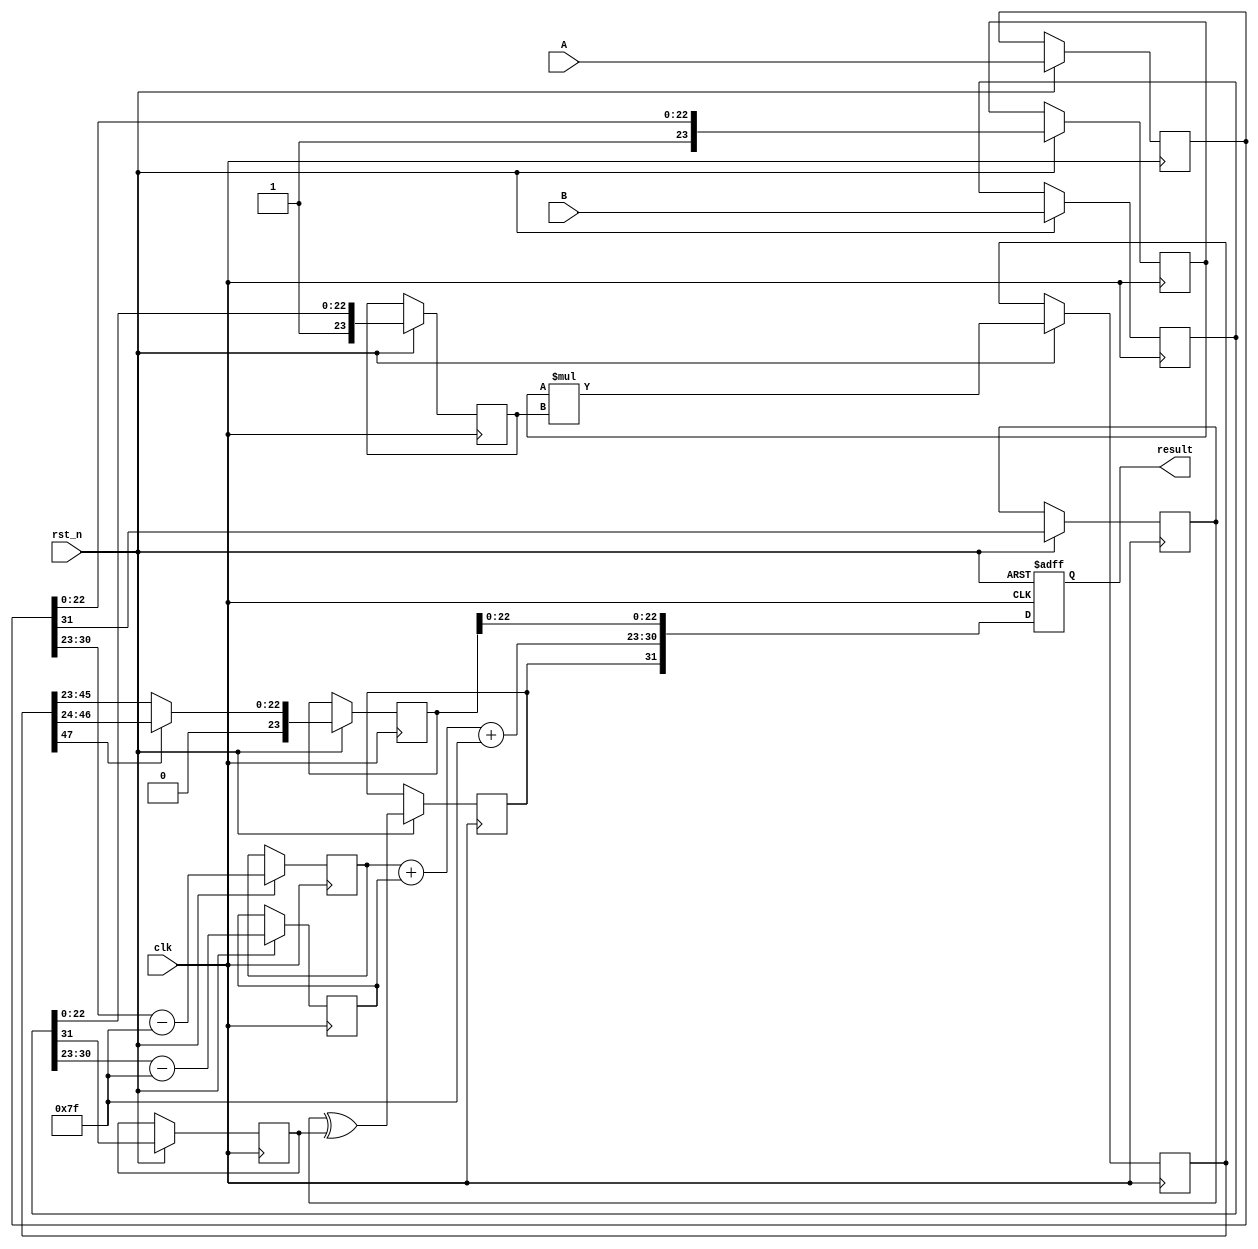
module fp_multiplier (
    input wire clk,
    input wire rst_n,
    input wire [31:0] A, // First floating-point input
    input wire [31:0] B, // Second floating-point input
    output reg [31:0] result // Output floating-point result
);

    // Constants
    localparam BIAS = 8'd127;
    localparam MANTISSA_WIDTH = 23;
    localparam EXPONENT_WIDTH = 8;

    // Internal signals
    reg [31:0] A_reg, B_reg;
    reg [7:0] expA, expB, exp_result;
    reg [23:0] mantA, mantB, mant_result;
    reg signA, signB, sign_result;
    reg [47:0] mant_product; // 24 + 24 bits for mantissa product
    reg [7:0] exp_temp;

    // Decompose inputs
    always @(posedge clk or negedge rst_n) begin
        if (!rst_n) begin
            result <= 32'b0;
        end else begin
            // Register inputs
            A_reg <= A;
            B_reg <= B;

            // Extract parts from A
            signA <= A_reg[31];
            expA <= A_reg[30:23] - BIAS; // Unbiased exponent
            mantA <= {1'b1, A_reg[22:0]}; // Add implicit leading 1

            // Extract parts from B
            signB <= B_reg[31];
            expB <= B_reg[30:23] - BIAS; // Unbiased exponent
            mantB <= {1'b1, B_reg[22:0]}; // Add implicit leading 1

            // Perform multiplication
            mant_product <= mantA * mantB; // Multiply mantissas

            // Calculate exponent
            exp_temp = expA + expB + BIAS; // Add exponents and re-bias

            // Normalize mantissa
            if (mant_product[47]) begin
                // If the product is greater than 1
                mant_result <= mant_product[46:24]; // Shift right
                exp_temp <= exp_temp + 1; // Increment exponent
            end else begin
                mant_result <= mant_product[45:23]; // Use product directly
            end

            // Determine sign of the result
            sign_result <= signA ^ signB;

            // Assemble final result
            result <= {sign_result, exp_temp[7:0], mant_result[22:0]};
        end
    end

endmodule